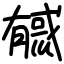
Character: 㦽